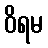
ဝိရမ